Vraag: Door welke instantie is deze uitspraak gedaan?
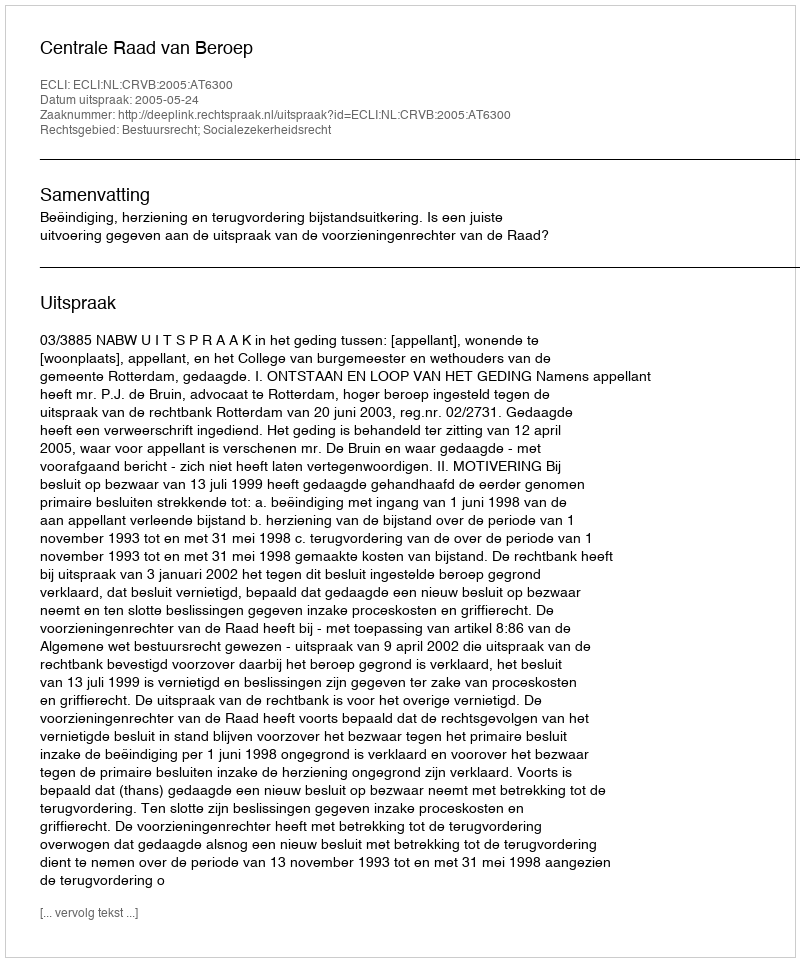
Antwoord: Centrale Raad van Beroep